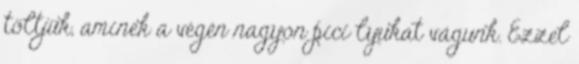
töltjük, aminek a végén nagyon pici lyukat vágunk. Ezzel